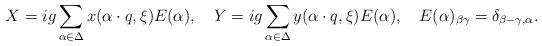
LaTeX: \begin{align*}X=ig\sum_{\alpha\in\Delta}x(\alpha\cdot q, \xi)E(\alpha),\quad Y=ig\sum_{\alpha\in\Delta}y(\alpha\cdot q, \xi)E(\alpha),\quad E(\alpha)_{\beta \gamma}=\delta_{\beta-\gamma,\alpha}. \end{align*}